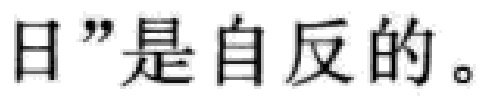
日”是自反的。